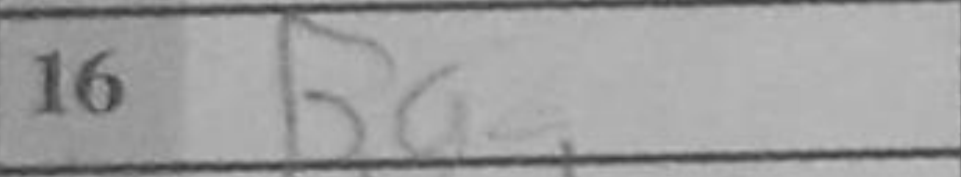
Transcription: Ba2